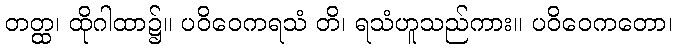
တတ္ထ၊ ထိုဂါထာ၌။ ပဝိဝေကရသံ တိ၊ ရသံဟူသည်ကား။ ပဝိဝေကတော၊